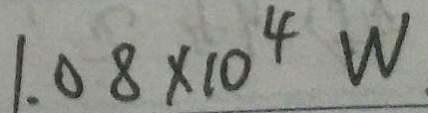
1 . 0 8 \times 1 0 ^ { 4 } W